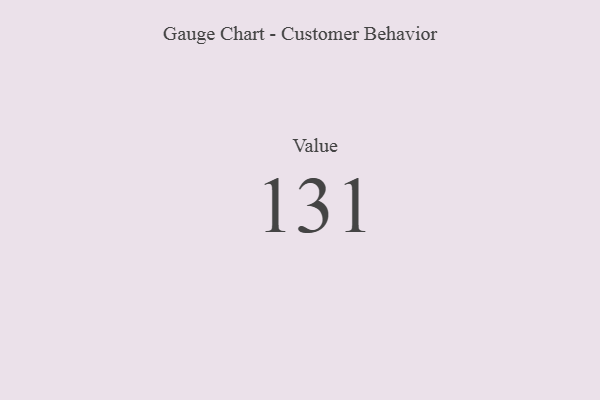
{"axis": {"x": "Metric", "y": "Value"}, "legend": [""], "data": [{"x": "Value", "y": 131, "type": ""}]}